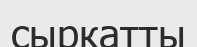
сыркатты